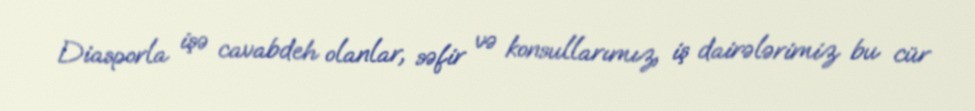
Diasporla işə cavabdeh olanlar, səfir və konsullarımız, iş dairələrimiz bu cür